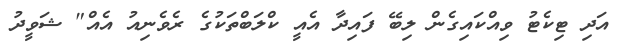
އަދި ޓިކެޓު ވިއްކައިގެން ލިބޭ ފައިދާ އެއީ ކްލަބްތަކުގެ ރެވެނިއު އެއް" ޝަވީދު